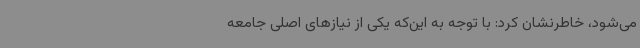
می‌شود، خاطرنشان کرد: با توجه به این‌که یکی از نیازهای اصلی جامعه